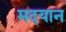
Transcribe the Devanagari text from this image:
मदयान